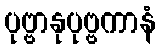
ပုဗ္ဗာနုပုဗ္ဗကာနံ